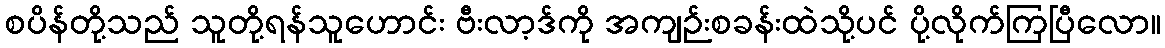
စပိန်တို့သည် သူတို့ရန်သူဟောင်း ဗီးလာ့ဒ်ကို အကျဉ်းစခန်းထဲသို့ပင် ပို့လိုက်ကြပြီလော။